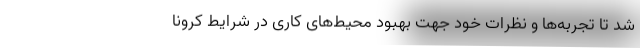
شد تا تجربه‌ها و نظرات خود جهت بهبود محیط‌های کاری در شرایط کرونا